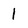
Character: 1